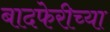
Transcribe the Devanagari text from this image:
बादफेरीच्या